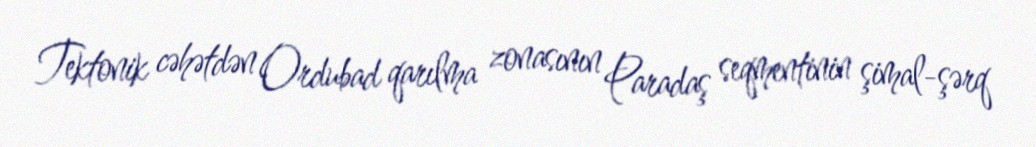
Tektonik cəhətdən Ordubad qarılma zonasının Paradaş seqmentinin şimal-şərq